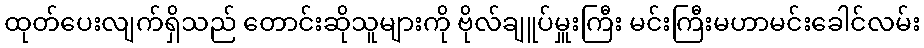
ထုတ်ပေးလျက်ရှိသည် တောင်းဆိုသူများကို ဗိုလ်ချူပ်မှူးကြီး မင်းကြီးမဟာမင်းခေါင်လမ်း